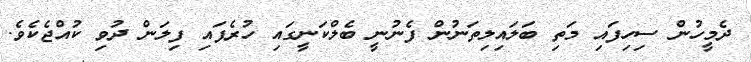
ދެމީހުން ސިހިފައި މަތި ބަލައިލިތަނުން ފެނުނީ ބެލްކަނީގައި ހުރެފައި ފިލަން ދުވި ކުއްޖެކެވެ.